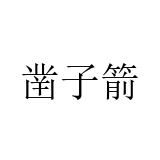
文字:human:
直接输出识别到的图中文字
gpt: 凿子箭